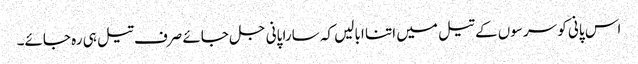
اس پانی کو سرسوں کے تیل میں اتنا ابالیں کہ سارا پانی جل جائے صرف تیل ہی رہ جائے۔